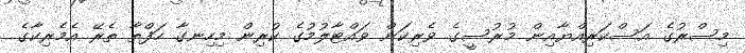
މިސްރުގެ އަސްކަރިއްޔާއިން މުރުސީގެ ވެރިކަން ވައްޓާލުމުގެ ކުރިން މިހިނގާ ހަފްތާ ތެރޭ އެމެރިކާގެ